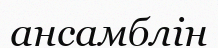
ансамблін